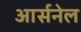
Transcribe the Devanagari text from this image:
आर्सनेल